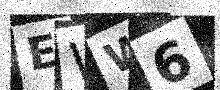
Text: EWW6